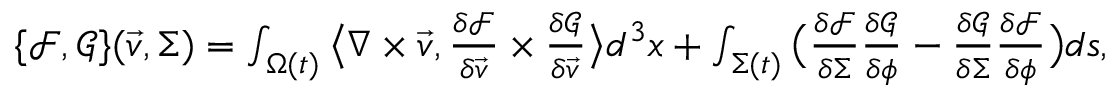
\begin{array} { r } { \{ \mathcal { F } , \mathcal { G } \} ( \vec { v } , \Sigma ) = \int _ { \Omega ( t ) } \big \langle \nabla \times \vec { v } , \frac { \delta \mathcal { F } } { \delta \vec { v } } \times \frac { \delta \mathcal { G } } { \delta \vec { v } } \big \rangle d ^ { 3 } x + \int _ { \Sigma ( t ) } \big ( \frac { \delta \mathcal { F } } { \delta \Sigma } \frac { \delta \mathcal { G } } { \delta \phi } - \frac { \delta \mathcal { G } } { \delta \Sigma } \frac { \delta \mathcal { F } } { \delta \phi } \big ) d s , } \end{array}